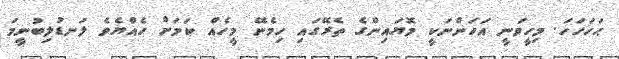
ޙަހަހަހަ. މިހީވަނީ އަހަންނަކީ މޮޔައިންގެ ތެރޭގައި ހިމެނޭ މީހެއް ކަމަށް ހެއްޔެވެ ލަނޑުލިބުނީމަ